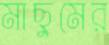
মাছুমের